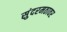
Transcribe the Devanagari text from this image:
सुंदरमठावर